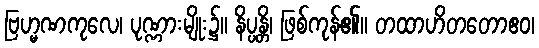
ဗြဟ္မဏကုလေ၊ ပုဏ္ဏားမျိုး၌။ နိပ္ပန္တိ၊ ဖြစ်ကုန်၏။ တထာဟိတတောဧဝ၊